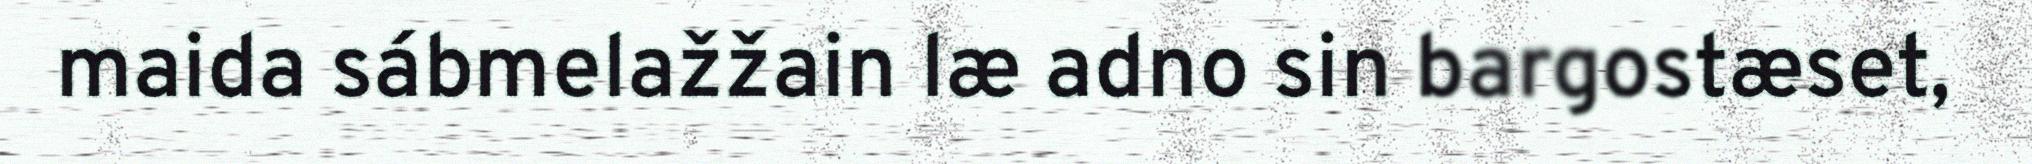
maida sábmelažžain læ adno sin bargostæset,